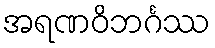
အရဏဝိဘင်္ဂဿ